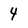
Character: 4